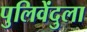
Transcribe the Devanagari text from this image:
पुलिवेंदुला